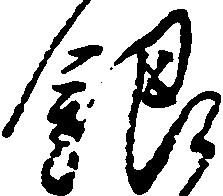
銀